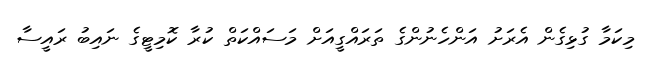
މިކަމާ ގުޅިގެން އެރަށު އަންހެނުންގެ ތަރައްގީއަށް މަސައްކަތް ކުރާ ކޮމިޓީގެ ނައިބު ރައީސާ